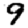
Digit: 9